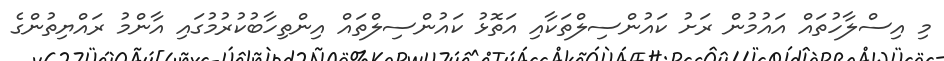
މި އިސްލާހުތައް އައުމުން ރަށު ކައުންސިލްތަކާއި އަތޮޅު ކައުންސިލްތައް އިންތިހާބުކުރުމުގައި އާންމު ރައްޔިތުންގެ